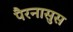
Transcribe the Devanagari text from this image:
पैरनासुस